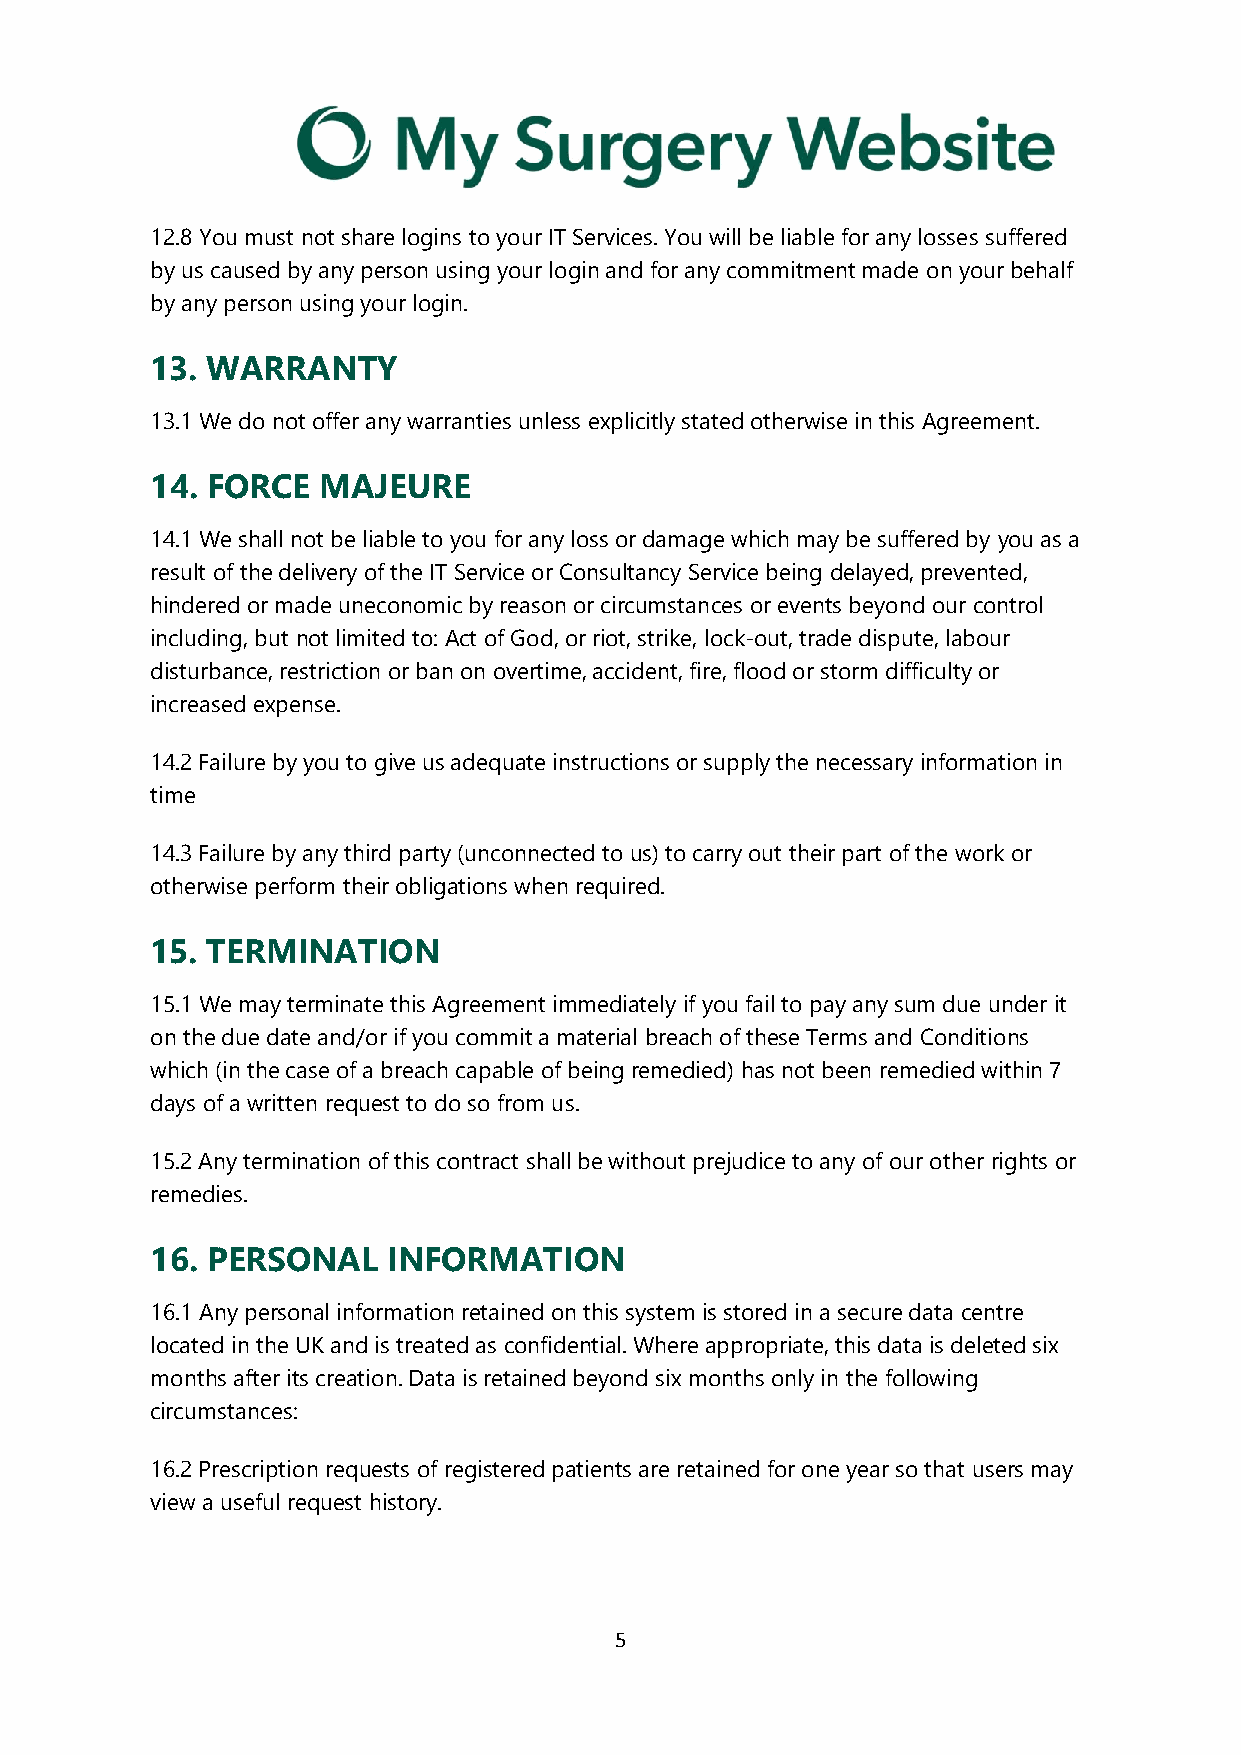
12.8 You must not share logins to your IT Services. You will be liable for any losses suffered
 by us caused by any person using your login and for any commitment made on your behalf
 by any person using your login.
 13. WARRANTY
 13.1 We do not offer any warranties unless explicitly stated otherwise in this Agreement.
 14. FORCE  MAJEURE
 14.1 We shall not be liable to you for any loss or damage which may be suffered by you as a
 result of the delivery of the IT Service or Consultancy Service being delayed, prevented,
 hindered or made uneconomic by reason or circumstances or events beyond our control
 including, but not limited to: Act of God, or riot, strike, lock-out, trade dispute, labour
 disturbance, restriction or ban on overtime, accident, fire, flood or storm difficulty or
 increased expense.
 14.2 Failure by you to give us adequate instructions or supply the necessary information in
 time
 14.3 Failure by any third party (unconnected to us) to carry out their part of the work or
 otherwise perform their obligations when required.
 15. TERMINATION
 15.1 We may terminate this Agreement immediately if you fail to pay any sum due under it
 on the due date and/or if you commit a material breach of these Terms and Conditions
 which (in the case of a breach capable of being remedied) has not been remedied within 7
 days of a written request to do so from us.
 15.2 Any termination of this contract shall be without prejudice to any of our other rights or
 remedies.
 16. PERSONAL    INFORMATION
 16.1 Any personal information retained on this system is stored in a secure data centre
 located in the UK and is treated as confidential. Where appropriate, this data is deleted six
 months after its creation. Data is retained beyond six months only in the following
 circumstances:
 16.2 Prescription requests of registered patients are retained for one year so that users may
 view a useful request history.
 5